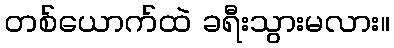
တစ်ယောက်ထဲ ခရီးသွားမလား။